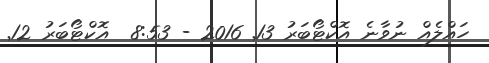
ހައްލެއް ނުވާނެ އޮކްޓޯބަރު 13